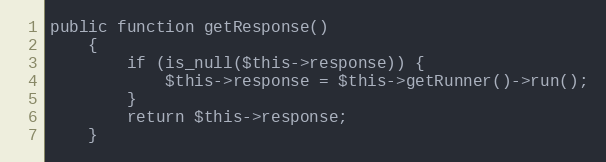
Language: PHP
public function getResponse()
    {
        if (is_null($this->response)) {
            $this->response = $this->getRunner()->run();
        }
        return $this->response;
    }